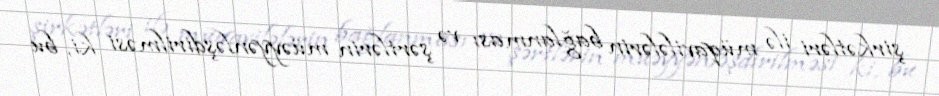
şirkətləri ilə müqavilələrin bağlanması və şərtlərin müəyyənləşdirilməsi ki, bu